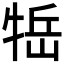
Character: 𤙿